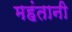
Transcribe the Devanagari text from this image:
महंतानी